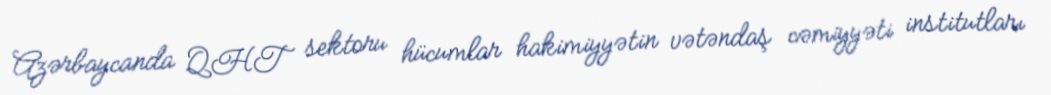
Azərbaycanda QHT sektoru hücumlar hakimiyyətin vətəndaş cəmiyyəti institutları